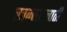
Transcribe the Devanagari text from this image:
खनखनाती